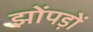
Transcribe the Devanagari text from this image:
झोंपड़ों